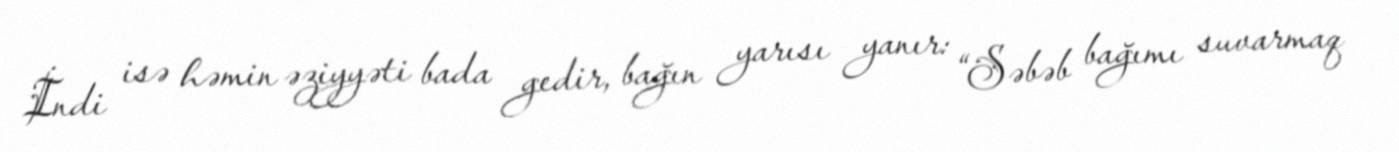
İndi isə həmin əziyyəti bada gedir, bağın yarısı yanır: “Səbəb bağımı suvarmaq